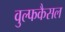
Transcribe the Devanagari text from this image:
वुल्फकैसल